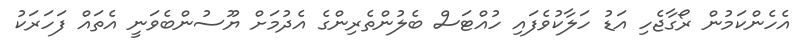
އެހެންކަމުން ރޯގާޖެހި އަޑު ހަލާކުވެފައި ހުއްޓަސް ބެލުންތެރިންގެ އެދުމަށް ޔޫސުންބެވަނީ އެތައް ފަހަރަކު